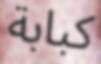
كبابة